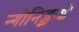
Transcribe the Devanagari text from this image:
न्गोनिद्झाशे